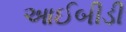
આઈબીડી